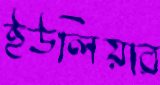
ইউলিয়ার